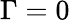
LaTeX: \Gamma=0